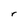
Character: r